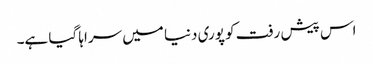
اس پیش رفت کو پوری دنیا میں سراہا گیا ہے۔